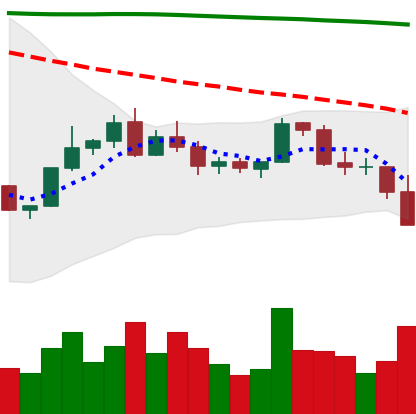
Ticker: BNB-USD
Chart end date: 2022-02-21
Forward return: 4.76%
Label: up_3_5